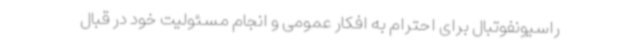
راسیونفوتبال برای احترام به افکار عمومی و انجام مسئولیت خود در قبال